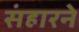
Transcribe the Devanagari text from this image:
संहारने